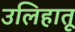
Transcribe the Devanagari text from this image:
उलिहातू